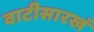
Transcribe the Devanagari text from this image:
वाटीसारखं